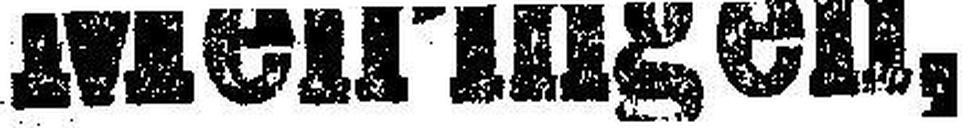
Meiringen,